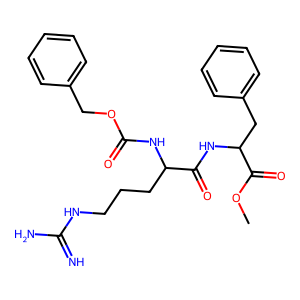
SMILES: COC(=O)C(Cc1ccccc1)NC(=O)C(CCCNC(=N)N)NC(=O)OCc1ccccc1
Inhibits HIV replication: No